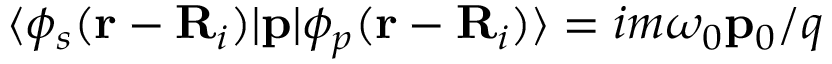
\langle \phi _ { s } ( { \bf r } - { \bf R } _ { i } ) | { \bf p } | \phi _ { p } ( { \bf r } - { \bf R } _ { i } ) \rangle = i m \omega _ { 0 } { \bf p } _ { 0 } / q